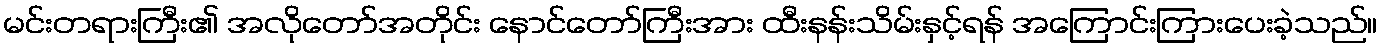
မင်းတရားကြီး၏ အလိုတော်အတိုင်း နောင်တော်ကြီးအား ထီးနန်းသိမ်းနှင့်ရန် အကြောင်းကြားပေးခဲ့သည်။